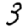
Digit: 3